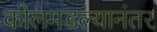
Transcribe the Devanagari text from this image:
कोलमडल्यानंतर